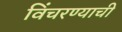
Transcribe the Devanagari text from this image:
विंचरण्याची